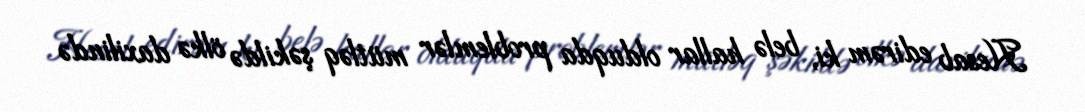
Hesab edirəm ki, belə hallar olduqda problemlər mütləq şəkildə ölkə daxilində